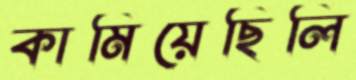
কামিয়েছিলি